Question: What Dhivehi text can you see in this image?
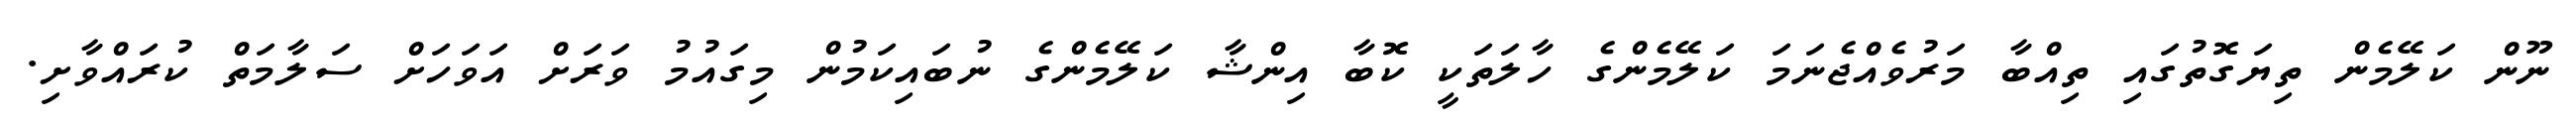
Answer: ނޫން ކަލޭމެން ތިޔަގޮތުގައި ތިއްބާ މަރުވެއްޖެނަމަ ކަލޭމެންގެ ހާލަތަކީ ކޮބާ އިންޝާ ކަލޭމެންގެ ނުބައިކަމުން މިގައުމު ވަރަށް އަވަހަށް ސަލާމަތް ކުރައްވާށި.